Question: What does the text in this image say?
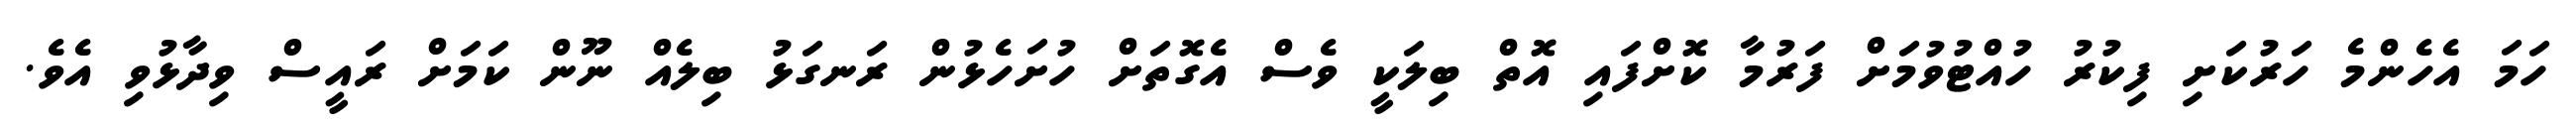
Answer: ހަމަ އެހެންމެ ހަރުކަށި ފިކުރު ހުއްޓުވުމަށް ފަރުމާ ކޮށްފައި އޮތް ބިލަކީ ވެސް އެގޮތަށް ހުށަހެޅުން ރަނގަޅު ބިލެއް ނޫން ކަމަށް ރައީސް ވިދާޅުވި އެވެ.